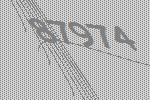
87974